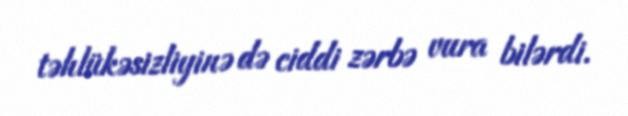
təhlükəsizliyinə də ciddi zərbə vura bilərdi.